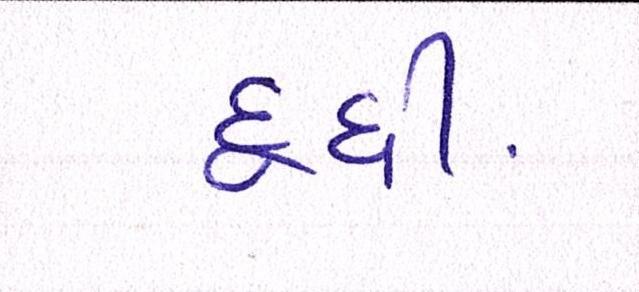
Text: દૂધી